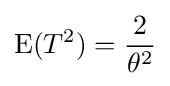
\operatorname {E} (T^{2})={\frac {2}{\theta ^{2}}}